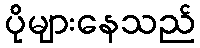
ပိုများနေသည်